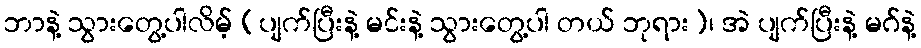
ဘာနဲ့ သွားတွေ့ပါလိမ့် (ပျက်ပြီးနဲ့ မင်းနဲ့ သွားတွေ့ပါ တယ် ဘုရား)၊ အဲ ပျက်ပြီးနဲ့ မဂ်နဲ့